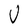
Character: V